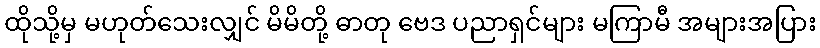
ထိုသို့မှ မဟုတ်သေးလျှင် မိမိတို့ ဓာတု ဗေဒ ပညာရှင်များ မကြာမီ အများအပြား